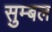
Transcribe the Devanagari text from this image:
सुम्बल